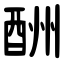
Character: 酬